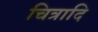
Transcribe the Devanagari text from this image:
चित्रादि